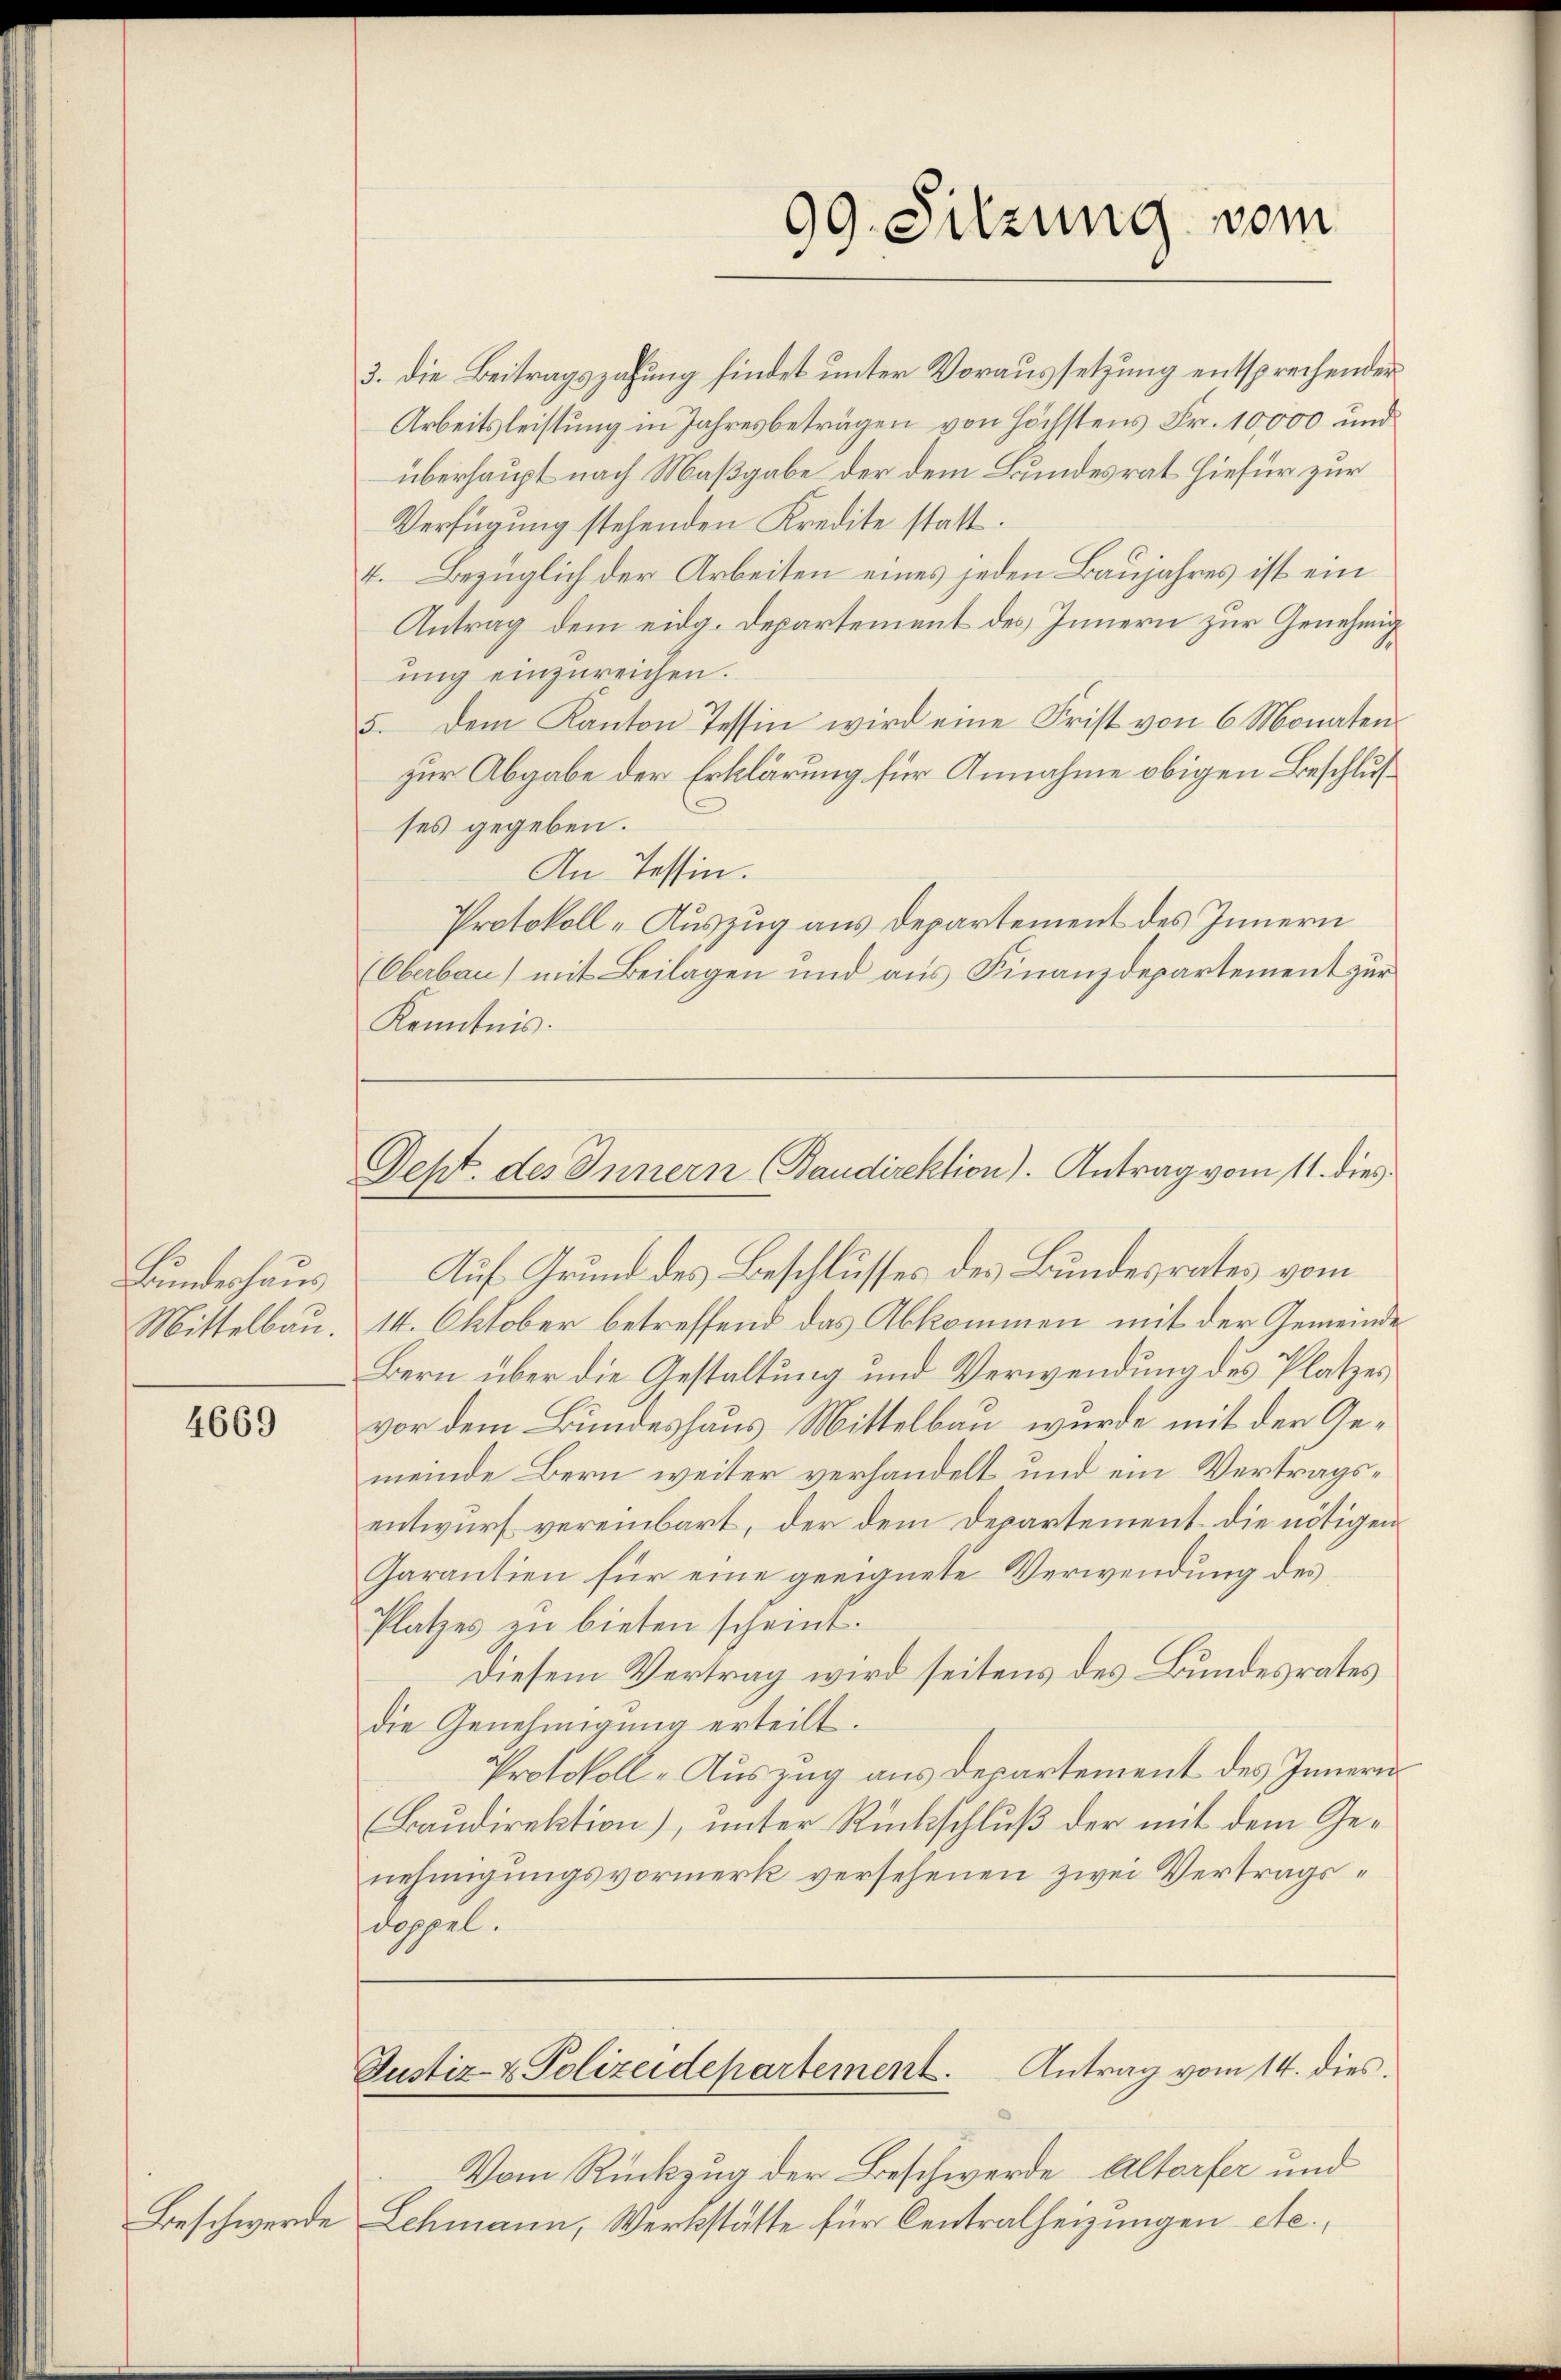
Bundeshaus
Mittelbau.

4669

3. die Beitragszahung findet unter Voraussetzung entsprechender
Arbeitsleistung in Jahresbeträgen von höchstens Fr. 10,000 und
überhaupt nach Maßgabe der dem Bundesrat hiefür zur
Verfügung stehenden Kredite statt.
4. Bezüglich der Arbeiten eines jeden Baujahres ist ein
Antrag dem eidg. Departement des Innern zur Genehmig
ung einzureichen.
5. dem Kanton Tessin wird eine Frist von 6 Monaten
zur Abgabe der Erklärung für Annahme obigen Beschlusses gegeben.
An Tessin.
Protokoll-Auszug aus Departement des Innern
(Oberbau) mit Beilagen und aus Finanzdepartement zur
Kenntnis.

99. Sitzung vom

Dept. des Innern (Baudirektion). Antrag vom 11. dies

Auf Grund des Beschlusses des Bundesrates vom
14. Oktober betreffend das Abkommen mit der Gemeinde
Bern über die Gestaltung und Verwendung des Platzes
vor dem Bundeshaus Mittelbau wurde mit der Gemeinde Bern weiter verhandelt und ein Vertragsentwurf vereinbart, der dem Departement die nötigen
Garantien für eine geeignete Verwendung des
Platzes en bieten scheint.
Diesem Vertrag wird seitens des Bundesrates
die Genehmigung erteilt.
Protokoll-Auszug aus Departement des Innern
(Baudirektion), unter Rückschluß der mit dem Genehmigungsvormerk versehenen zwei Vertragsdoppel.
Antrag vom 14. dies
Justiz- & Polizeidepartement
Vom Rückzug der Beschwerde Altorfer und
Beschwerde Lehmann, Werkstätte für Centralheizungen etc.,